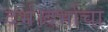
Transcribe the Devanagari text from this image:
दर्भ।दर्भाचा